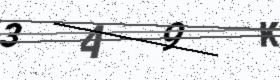
Text: 3A9K